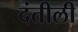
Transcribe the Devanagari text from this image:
दंतीली